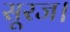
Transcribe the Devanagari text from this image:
सूरज।